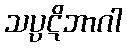
သပ္ပဋိဘာဂါ